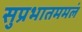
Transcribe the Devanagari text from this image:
सुप्रभातममलं